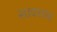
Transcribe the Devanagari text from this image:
सावरय्या